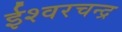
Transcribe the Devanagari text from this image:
ईश्वरचन्द्र